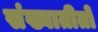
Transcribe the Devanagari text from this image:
संख्यातीतो